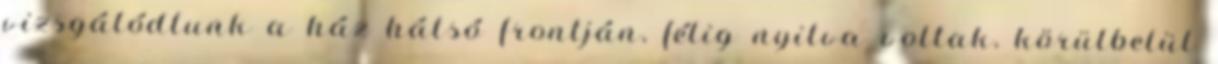
vizsgálódtunk a ház hátsó frontján, félig nyitva voltak, körülbelül